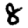
Digit: 8